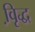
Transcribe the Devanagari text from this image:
वृि़द्ध